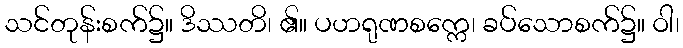
သင်တုန်းစက်၌။ ဒိဿတိ၊ ၏။ ပဟရုဏစက္ကေ၊ ခပ်သောစက်၌။ ဝါ၊